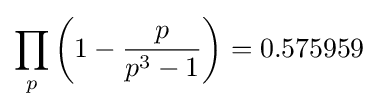
\prod _{p}\left(1-{\frac {p}{p^{3}-1}}\right)=0.575959